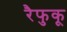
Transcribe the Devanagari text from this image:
रैफुकू